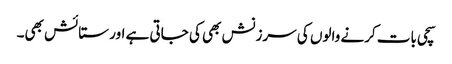
سچی بات کرنے والوں کی سرزنش بھی کی جاتی ہے اور ستائش بھی۔